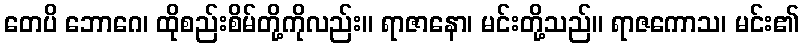
တေပိ ဘောဂေ၊ ထိုစည်းစိမ်တို့ကိုလည်း။ ရာဇာနော၊ မင်းတို့သည်။ ရာဇကောသ၊ မင်း၏